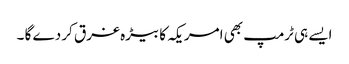
ایسے ہی ٹرمپ بھی امریکہ کا بیڑہ غرق کر دے گا ۔